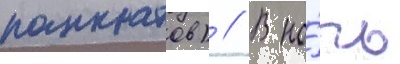
панкратов) // В но́чь